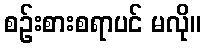
စဉ်းစားစရာပင် မလို။